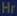
Hr